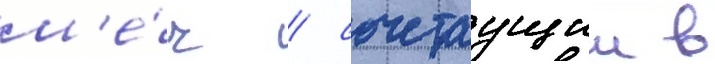
м'е́ч / сочетаущии в